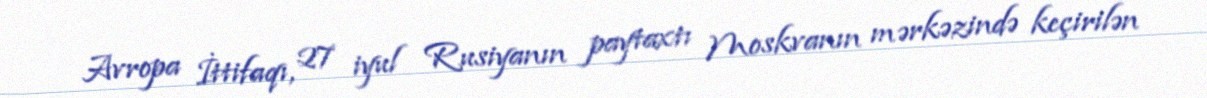
Avropa İttifaqı, 27 iyul Rusiyanın paytaxtı Moskvanın mərkəzində keçirilən